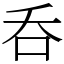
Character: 呑